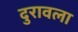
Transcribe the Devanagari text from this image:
दुरावला